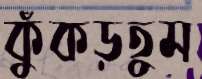
কুঁকড়তুম